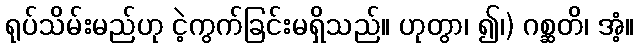
ရုပ်သိမ်းမည်ဟု ငဲ့ကွက်ခြင်းမရှိသည်။ ဟုတွာ၊ ၍၊) ဂစ္ဆတိ၊ အံ့။